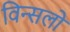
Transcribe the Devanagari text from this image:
विन्सलो